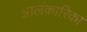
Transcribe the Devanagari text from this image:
आलंकारिका